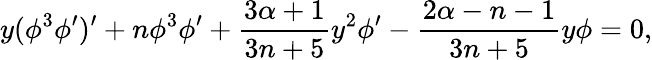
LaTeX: y(\phi^{3}\phi^{\prime})^{\prime}+n\phi^{3}\phi^{\prime}+\frac{3\alpha+1}{3n+5}y^{2}\phi^{\prime}-\frac{2\alpha-n-1}{3n+5}y\phi=0,